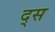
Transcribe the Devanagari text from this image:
द्स